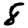
Digit: 8